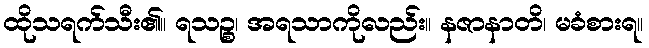
ထိုသရက်သီး၏။ ရသဉ္စ၊ အရသာကိုလည်း။ နဇာနာတိ၊ မခံစားရ။